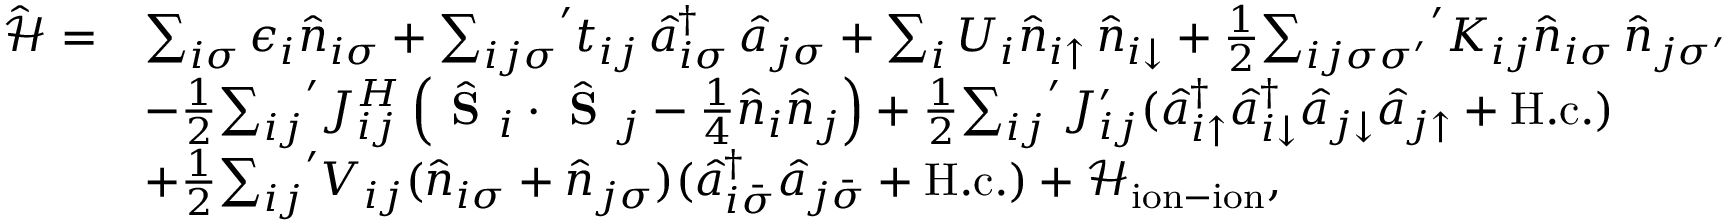
\begin{array} { r l } { \mathcal { \hat { H } } = } & { \sum _ { i \sigma } \epsilon _ { i } \hat { n } _ { i \sigma } + { \sum _ { i j \sigma } } ^ { \prime } t _ { i j } \, \hat { a } _ { i \sigma } ^ { \dag } \, \hat { a } _ { j \sigma } + \sum _ { i } U _ { i } \hat { n } _ { i \uparrow } \, \hat { n } _ { i \downarrow } + \frac { 1 } { 2 } { \sum _ { i j \sigma { \sigma } ^ { \prime } } } ^ { \prime } K _ { i j } \hat { n } _ { i \sigma } \, \hat { n } _ { j { \sigma } ^ { \prime } } } \\ & { - \frac { 1 } { 2 } { \sum _ { i j } } ^ { \prime } J _ { i j } ^ { H } \left( \hat { \textbf { S } } _ { i } \cdot \hat { \textbf { S } } _ { j } - \frac { 1 } { 4 } \hat { n } _ { i } \hat { n } _ { j } \right) + \frac { 1 } { 2 } { \sum _ { i j } } ^ { \prime } { J } _ { i j } ^ { \prime } ( \hat { a } _ { i \uparrow } ^ { \dagger } \hat { a } _ { i \downarrow } ^ { \dagger } \hat { a } _ { j \downarrow } \hat { a } _ { j \uparrow } + \mathrm { H . c . } ) } \\ & { + \frac { 1 } { 2 } { \sum _ { i j } } ^ { \prime } V _ { i j } ( \hat { n } _ { i \sigma } + \hat { n } _ { j \sigma } ) ( \hat { a } _ { i \bar { \sigma } } ^ { \dagger } \hat { a } _ { j \bar { \sigma } } + \mathrm { H . c . } ) + \mathcal { H } _ { \mathrm { i o n - i o n } } , } \end{array}